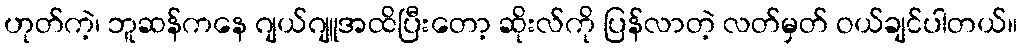
ဟုတ်ကဲ့၊ ဘူဆန်ကနေ ဂျယ်ဂျူအထိပြီးတော့ ဆိုးလ်ကို ပြန်လာတဲ့ လတ်မှတ် ဝယ်ချင်ပါတယ်။